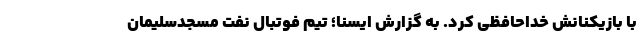
با بازیکنانش خداحافظی کرد. به گزارش ایسنا؛ تیم فوتبال نفت مسجدسلیمان